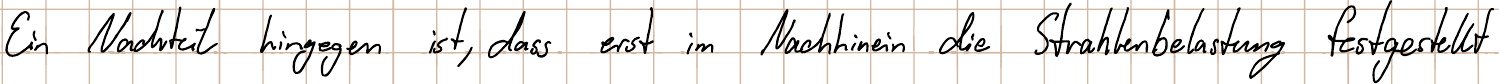
Ein Nachteil hingegen ist, dass erst im Nachhinein die Strahlenbelastung festgestellt